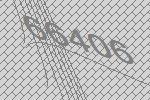
66406